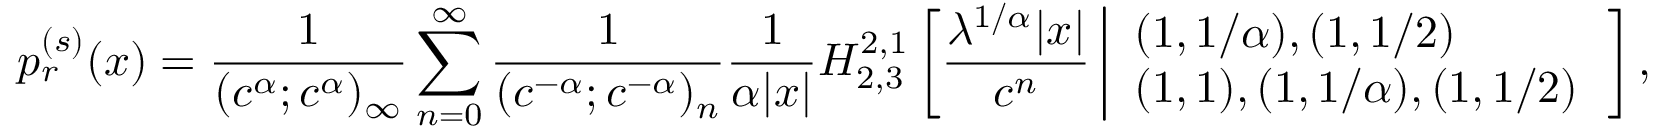
p _ { r } ^ { ( s ) } ( x ) = \frac { 1 } { ( c ^ { \alpha } ; c ^ { \alpha } ) _ { \infty } } \sum _ { n = 0 } ^ { \infty } \frac { 1 } { ( c ^ { - \alpha } ; c ^ { - \alpha } ) _ { n } } \frac { 1 } { \alpha | x | } H _ { 2 , 3 } ^ { 2 , 1 } \left[ \frac { \lambda ^ { 1 / \alpha } | x | } { c ^ { n } } \left| \begin{array} { l l } { ( 1 , 1 / \alpha ) , ( 1 , 1 / 2 ) } \\ { ( 1 , 1 ) , ( 1 , 1 / \alpha ) , ( 1 , 1 / 2 ) } \end{array} \right. \right] ,